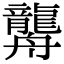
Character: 𦪿